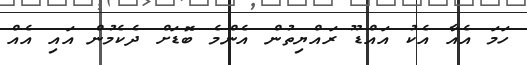
ހަމަ އެއާ އެކު އައްޑޫ ރައްޔިތުން އެންމެ ބޮޑަށް ދެކެމުން އައި އެއް